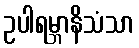
ဥပါရမ္ဘာနိသံသာ